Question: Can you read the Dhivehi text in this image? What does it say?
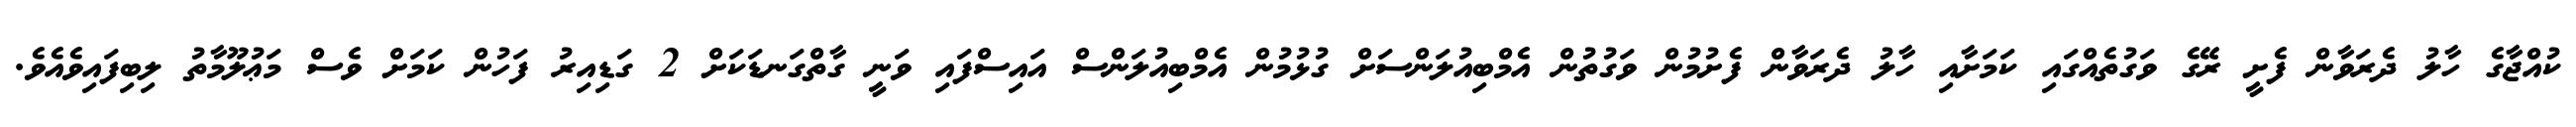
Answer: ކުއްޖާގެ ހާލު ދެރަވާން ފެށީ ރޭގެ ވަގުތެއްގައި ކަމަށާއި ހާލު ދެރަވާން ފެށުމުން ވަގުތުން އެމްބިއުލަންސަށް ގުޅުމުން އެމްބިއުލަންސް އައިސްފައި ވަނީ ގާތްގަނޑަކަށް 2 ގަޑިއިރު ފަހުން ކަމަށް ވެސް މަޢުލޫމާތު ލިބިފައިވެއެވެ.